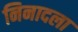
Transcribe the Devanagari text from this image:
निनादला